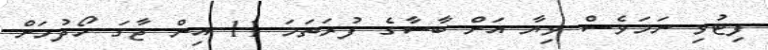
ފިޓުވި ނަމަވެސް ވިޔާ އަށް ބާސާގެ ފުރަތަމަ 11 އިން ޖާގަ ހޯދުމަށް